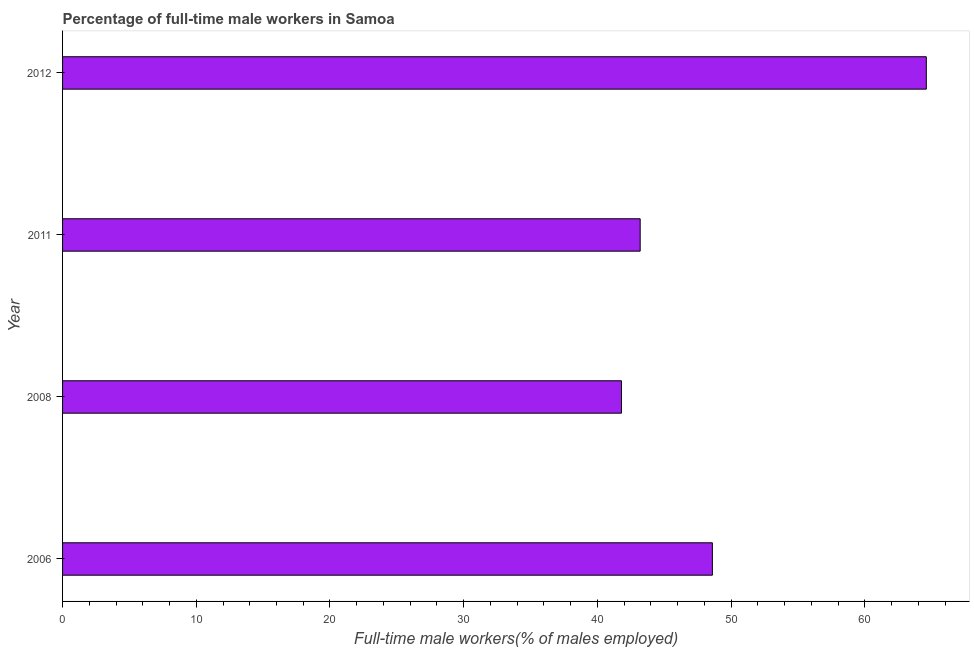
| Year | Wage and salary workers |
 | --- | --- |
 | 2006 | 48.6 |
 | 2008 | 41.8 |
 | 2011 | 43.2 |
 | 2012 | 64.6 |